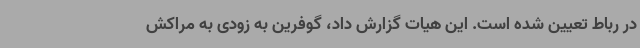
در رباط تعیین شده است. این هیات گزارش داد، گوفرین به زودی به مراکش